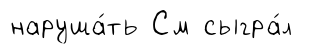
наруша́ть См сыгра́л